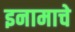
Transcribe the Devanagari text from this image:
इनामाचे